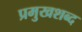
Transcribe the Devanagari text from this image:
प्रमुखशब्द